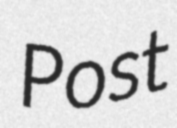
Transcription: Post